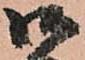
御